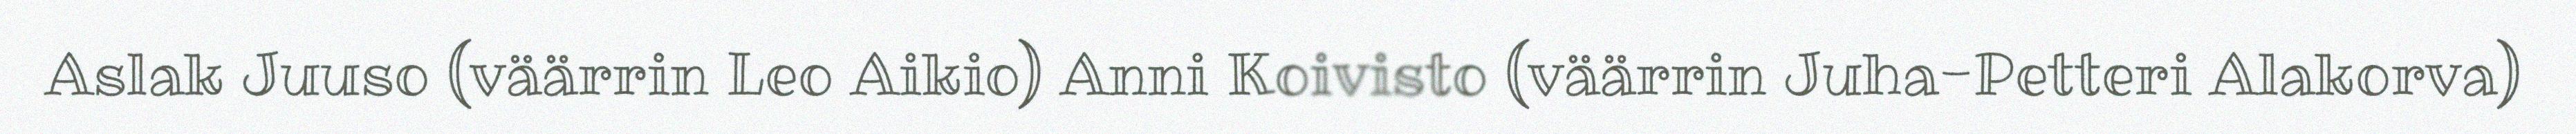
Aslak Juuso (väärrin Leo Aikio) Anni Koivisto (väärrin Juha-Petteri Alakorva)